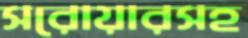
সরোয়ারসহ